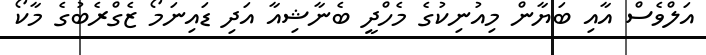
އަލްވެސް އާއި ބަޔާން މިއުނިކުގެ މެހްދީ ބެނާޝިއާ އަދި ޑައިނަމޯ ޒެގްރެބުގެ މާކޯ